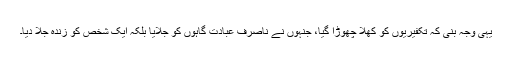
یہی وجہ بنی کہ تکفیریوں کو کھلا چھوڑا گیا، جنہوں نے ناصرف عبادت گاہوں کو جلایا بلکہ ایک شخص کو زندہ جلا دیا۔